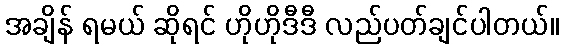
အချိန် ရမယ် ဆိုရင် ဟိုဟိုဒီဒီ လည်ပတ်ချင်ပါတယ်။